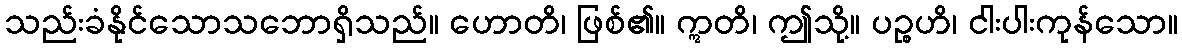
သည်းခံနိုင်သောသဘောရှိသည်။ ဟောတိ၊ ဖြစ်၏။ ဣတိ၊ ဤသို့။ ပဉ္စဟိ၊ ငါးပါးကုန်သော။